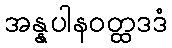
အန္နပါနဝတ္ထဒဒံ